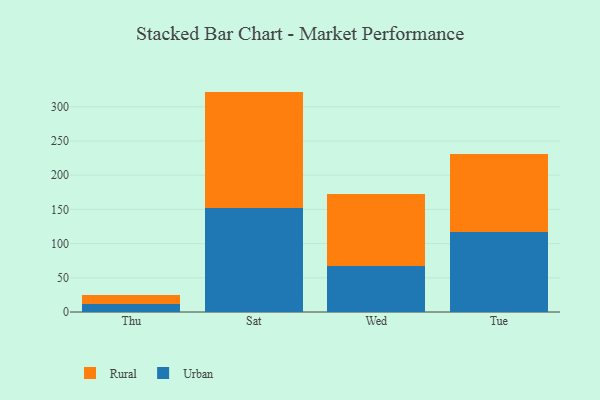
{"axis": {"x": "Day", "y": "Customer Acquisition Cost (USD)"}, "legend": ["Rural", "Urban"], "data": [{"x": "Thu", "y": 11.2, "type": "Urban"}, {"x": "Thu", "y": 13.9, "type": "Rural"}, {"x": "Sat", "y": 152.4, "type": "Urban"}, {"x": "Sat", "y": 169.8, "type": "Rural"}, {"x": "Wed", "y": 66.7, "type": "Urban"}, {"x": "Wed", "y": 106.3, "type": "Rural"}, {"x": "Tue", "y": 116.6, "type": "Urban"}, {"x": "Tue", "y": 113.9, "type": "Rural"}]}